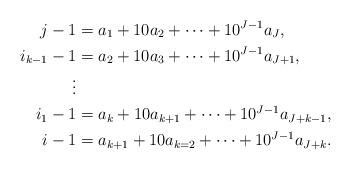
LaTeX: \begin{align*}j-1&=a_1+10a_2+\dots+10^{J-1}a_J,\\i_{k-1}-1&=a_2+10a_3+\dots+10^{J-1}a_{J+1},\\\vdots\\i_1-1&=a_k+10a_{k+1}+\dots+10^{J-1}a_{J+k-1},\\i-1&=a_{k+1}+10a_{k=2}+\dots+10^{J-1}a_{J+k}.\end{align*}